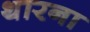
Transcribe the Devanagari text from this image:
थारना